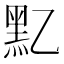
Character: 𪐘